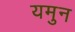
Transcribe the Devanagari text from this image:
यमुन